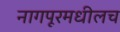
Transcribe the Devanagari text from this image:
नागपूरमधीलच